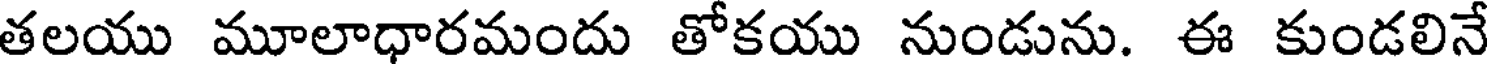
తలయు మూలాధారమందు తోకయు నుండును. ఈ కుండలినే